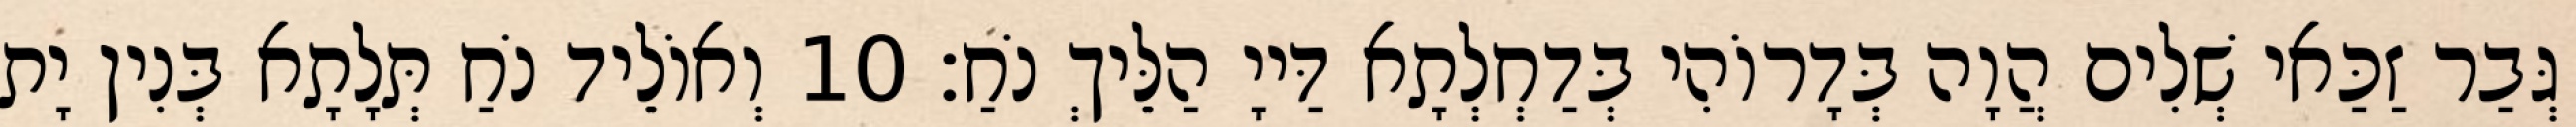
גְּבַר זַכַּאי שְׁלִים הֲוָה בְּדָרוֹהִי בְּדַחְלְתָא דַּייָ הַלֵּיךְ נֹחַ׃ 10 וְאוֹלֵיד נֹחַ תְּלָתָא בְּנִין יָת